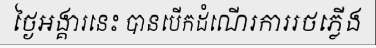
ថ្ងៃអង្គារនេះ បានបើកដំណើរការរថភ្លើង